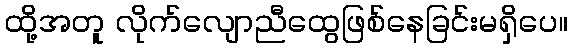
ထို့အတူ လိုက်လျောညီထွေဖြစ်နေခြင်းမရှိပေ။